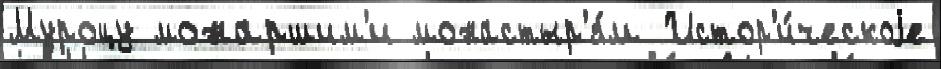
Муроцу монаршим'и монастыр'я́м Истор'и́ческоjе